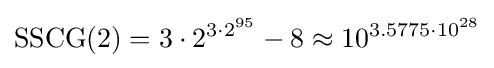
{\text{SSCG}}(2)=3\cdot 2^{3\cdot 2^{95}}-8\approx 10^{3.5775\cdot 10^{28}}